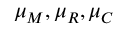
\mu _ { M } , \mu _ { R } , \mu _ { C }